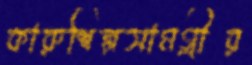
কারুশিল্পসামগ্রীর